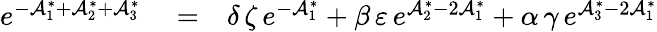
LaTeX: \begin{array}{rlr}{e^{-\mathcal{A}_{1}^{\ast}+\mathcal{A}_{2}^{\ast}+\mathcal{A}_{3}^{\ast}}}&{{}=}&{\delta\, \zeta\, e^{-\mathcal{A}_{1}^{\ast}}+\beta\, \varepsilon\, e^{\mathcal{A}_{2}^{\ast}-2\mathcal{A}_{1}^{\ast}}+\alpha\, \gamma\, e^{\mathcal{A}_{3}^{\ast}-2\mathcal{A}_{1}^{\ast}}}\end{array}